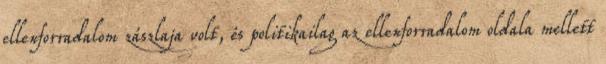
ellenforradalom zászlaja volt, és politikailag az ellenforradalom oldala mellett